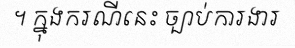
។ ក្នុងករណីនេះ ច្បាប់ការងារ